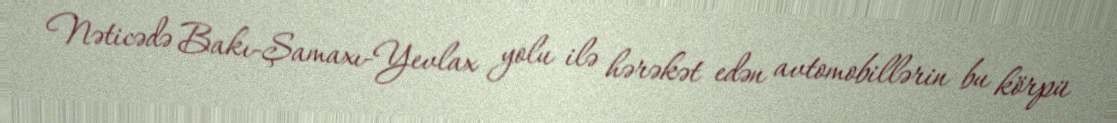
Nəticədə Bakı-Şamaxı-Yevlax yolu ilə hərəkət edən avtomobillərin bu körpü